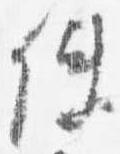
使